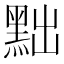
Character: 黜